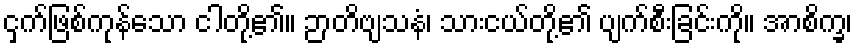
ငှက်ဖြစ်ကုန်သော ငါတို့၏။ ဉာတိဗျသနံ၊ သားငယ်တို့၏ ပျက်စီးခြင်းကို။ အာစိက္ခ၊